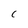
Character: c